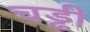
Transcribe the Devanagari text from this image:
चड्ढी